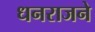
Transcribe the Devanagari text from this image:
धनराजने